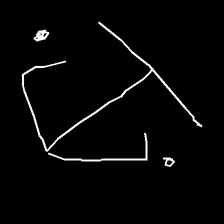
Glyph: earth